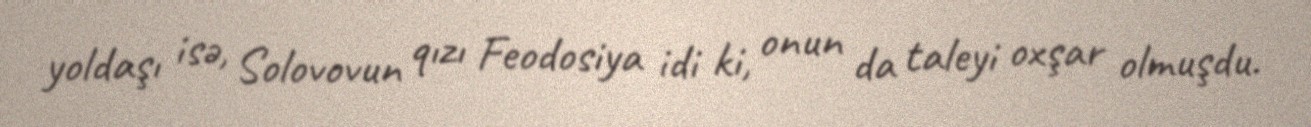
yoldaşı isə, Solovovun qızı Feodosiya idi ki, onun da taleyi oxşar olmuşdu.